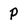
Character: p